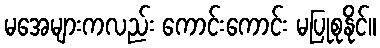
မအေများကလည်း ကောင်းကောင်း မပြုစုနိုင်။